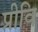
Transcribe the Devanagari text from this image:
प्रीवि